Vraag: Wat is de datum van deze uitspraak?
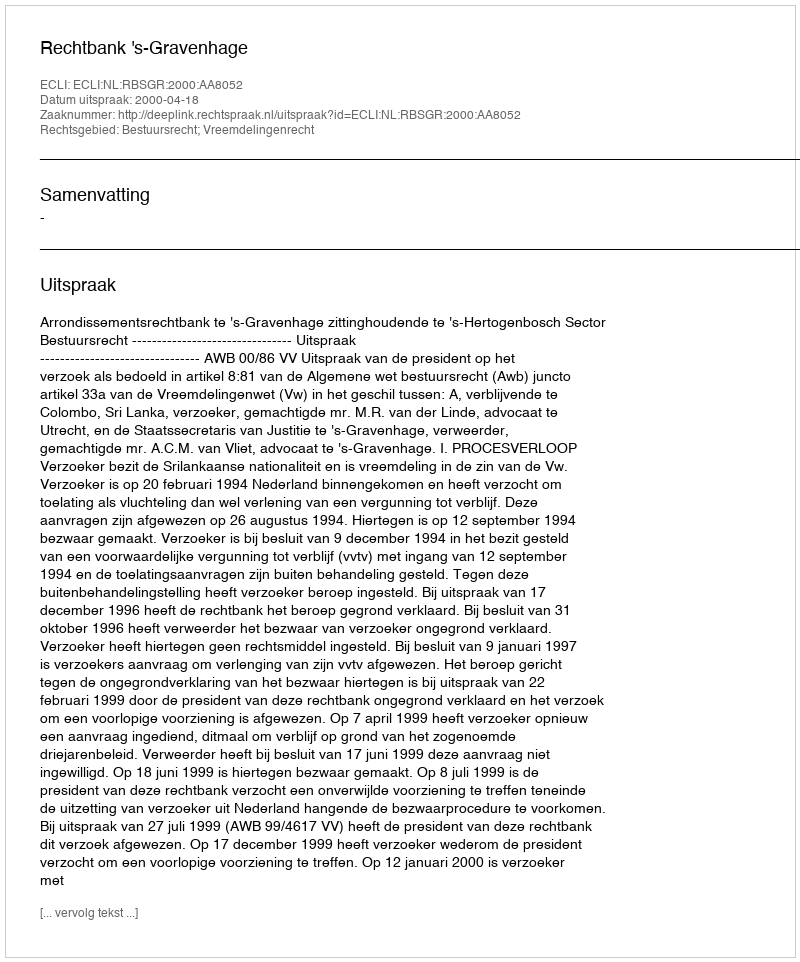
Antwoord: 2000-04-18